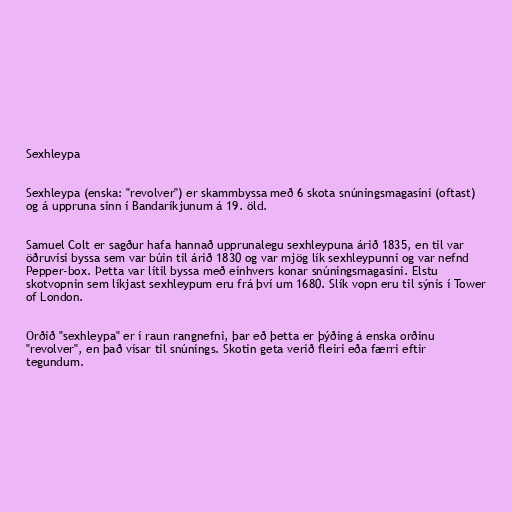
Sexhleypa

Sexhleypa (enska: "revolver") er skammbyssa með 6 skota snúningsmagasíni (oftast)
og á uppruna sinn í Bandaríkjunum á 19. öld.

Samuel Colt er sagður hafa hannað upprunalegu sexhleypuna árið 1835, en til var
öðruvísi byssa sem var búin til árið 1830 og var mjög lík sexhleypunni og var nefnd
Pepper-box. Þetta var lítil byssa með einhvers konar snúningsmagasíni. Elstu
skotvopnin sem líkjast sexhleypum eru frá því um 1680. Slík vopn eru til sýnis í Tower
of London.

Orðið "sexhleypa" er í raun rangnefni, þar eð þetta er þýðing á enska orðinu
"revolver", en það vísar til snúnings. Skotin geta verið fleiri eða færri eftir
tegundum.